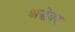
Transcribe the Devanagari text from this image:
श्रद्धेवर